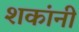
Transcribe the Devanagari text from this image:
शकांनी